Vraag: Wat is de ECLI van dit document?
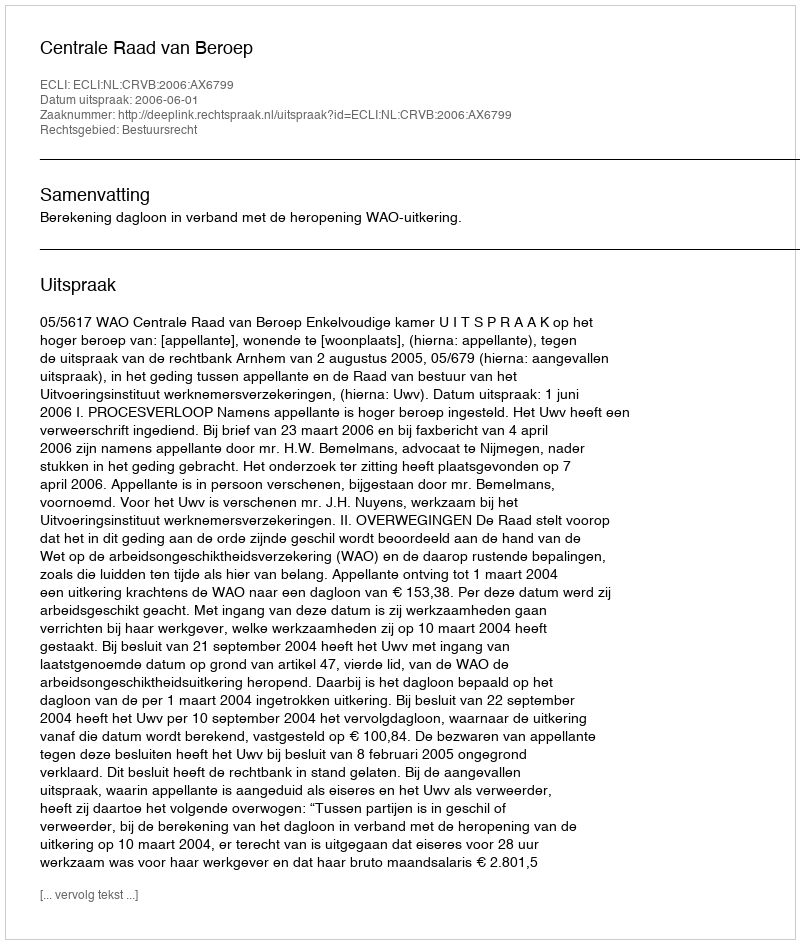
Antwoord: ECLI:NL:CRVB:2006:AX6799